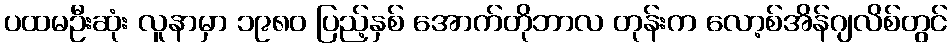
ပထမဦးဆုံး လူနာမှာ ၁၉၈၀ ပြည့်နှစ် အောက်တိုဘာလ တုန်းက လော့စ်အိန်ဂျလိစ်တွင်